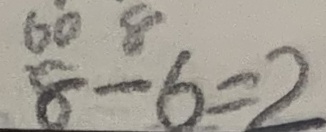
8 - 6 = 2